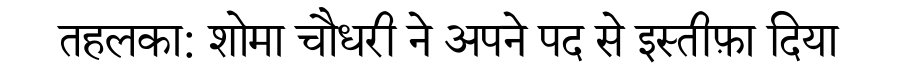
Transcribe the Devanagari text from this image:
तहलका: शोमा चौधरी ने अपने पद से इस्तीफ़ा दिया